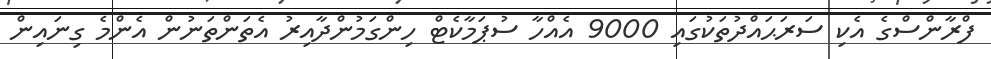
ފްރާންސްގެ އެކި ސަރަޙައްދުތަކުގައި 9000 އެއްހާ ސުޕަމާކެޓް ހިންގަމުންދާއިރު އެތަންތަނުން އެންމެ ގިނައިން